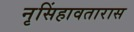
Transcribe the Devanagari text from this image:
नृसिंहावतारास